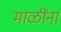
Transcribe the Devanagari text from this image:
माळींना